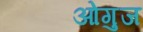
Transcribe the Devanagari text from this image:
ओगुज